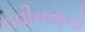
નવીનતાનો